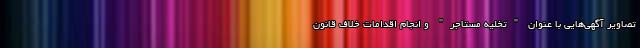
تصاویر آگهی‌هایی با عنوان "تخلیه مستاجر" و انجام اقدامات خلاف قانون